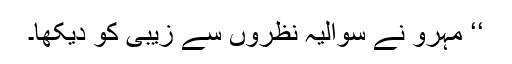
‘‘ مہرو نے سوالیہ نظروں سے زیبی کو دیکھا۔